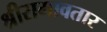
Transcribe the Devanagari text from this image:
श्रीरामावतार